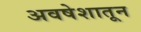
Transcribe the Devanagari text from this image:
अवषेशातून